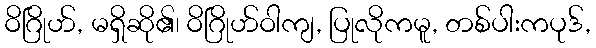
ဝိဂြိုဟ်, မရှိဆို၏၊ ဝိဂြိုဟ်ဝါကျ, ပြုလိုကမူ, တစ်ပါးကပုဒ်,